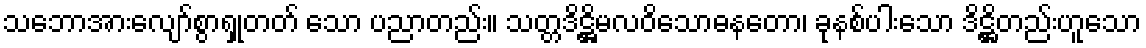
သဘောအားလျော်စွာရှုတတ် သော ပညာတည်း။ သတ္တဒိဋ္ဌိမလဝိသောဓနတော၊ ခုနစ်ပါးသော ဒိဋ္ဌိတည်းဟူသော